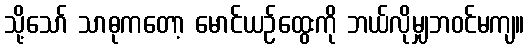
သို့သော် သာဓုကတော့ မောင်ယဉ်ထွေးကို ဘယ်လိုမျှဘဝင်မကျ။